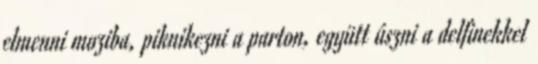
elmenni moziba, piknikezni a parton, együtt úszni a delfinekkel